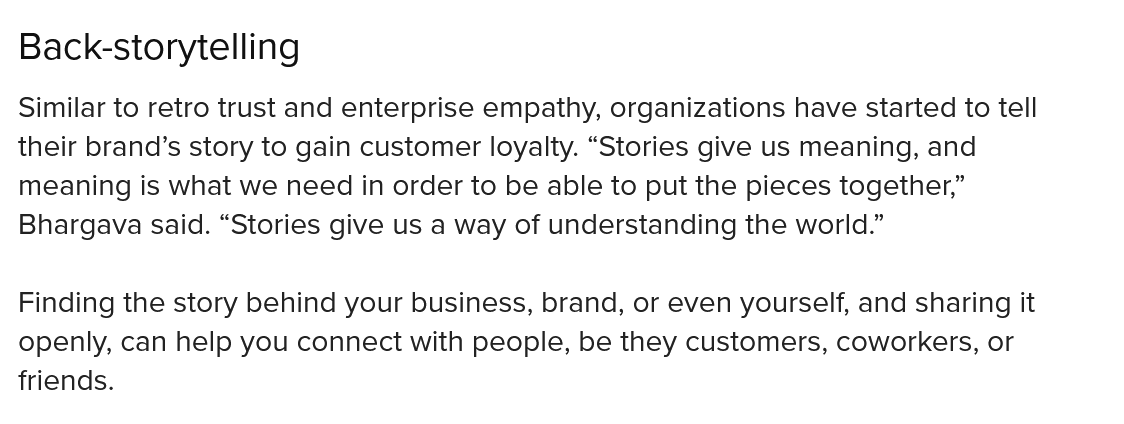
Back-storytelling
  Similar to retro trust and enterprise empathy, organizations have started to tell
  their brand’s story to gain customer loyalty. “Stories give us meaning, and
  meaning is what we need in order to be able to put the pieces together,”
  Bhargava said. “Stories give us a way of understanding the world.”
  Finding the story behind your business, brand, or even yourself, and sharing it
  openly, can help you connect with people, be they customers, coworkers, or
  friends.